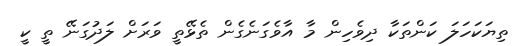
ތިޔަކަހަލަ ކަންތަކާ ދިވެހިން މާ އާވެގަނެގެން ތެޅޭތީ ވަރަށް ލަދުގަނޭ ތީ ކީ